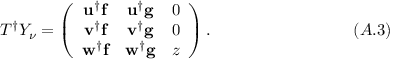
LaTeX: T ^ { \dagger } Y _ { \nu } = \left( \begin{array} { c c c } { { { \bf u } ^ { \dagger } { \bf f } } } & { { { \bf u } ^ { \dagger } { \bf g } } } & { { 0 } } \\ { { { \bf v } ^ { \dagger } { \bf f } } } & { { { \bf v } ^ { \dagger } { \bf g } } } & { { 0 } } \\ { { { \bf w } ^ { \dagger } { \bf f } } } & { { { \bf w } ^ { \dagger } { \bf g } } } & { { z } } \end{array} \right) . \eqno ( A . 3 )